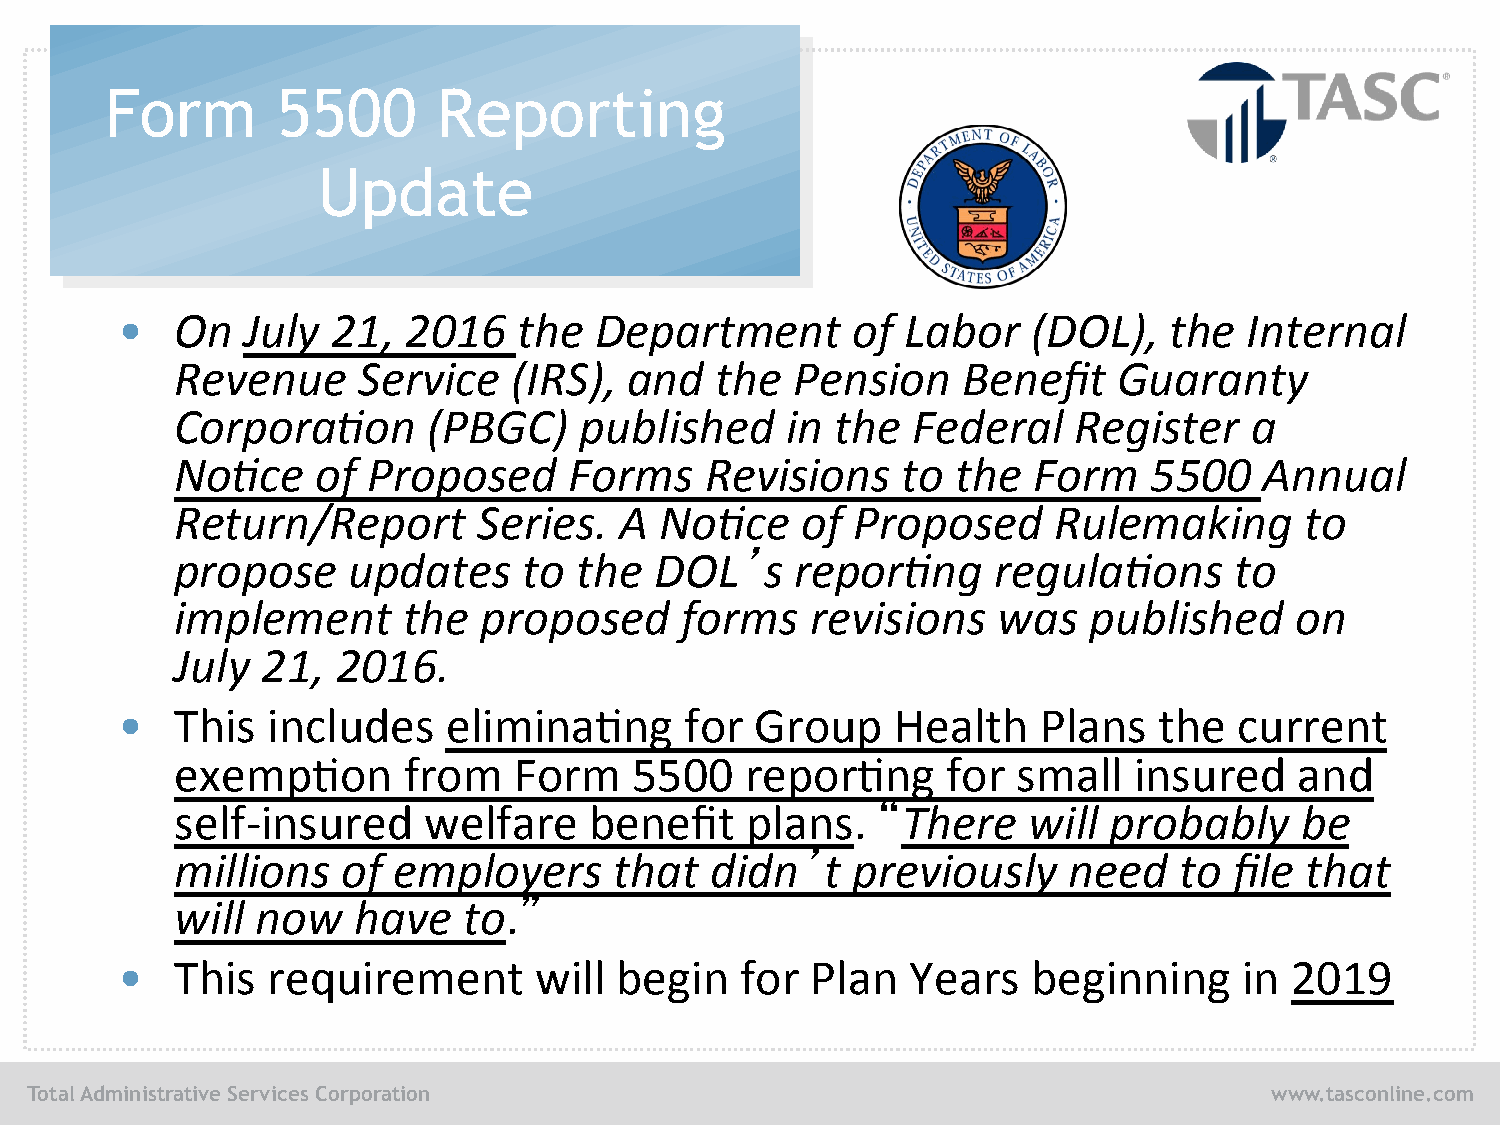
Form       5500       Reporting
 Update
 •   On  July  21,  2016   the  Department       of  Labor   (DOL),   the   Internal
 Revenue     Service   (IRS),  and  the   Pension    Benefit   Guaranty
 Corpora/on      (PBGC)    published     in the  Federal    Register    a
 No/ce    of Proposed      Forms    Revisions    to the  Form    5500    Annual
 Return/Report       Series.  A  No/ce    of  Proposed     Rulemaking      to
 ’
 propose    updates     to the  DOL     s repor/ng     regula/ons      to
 implement      the  proposed     forms    revisions   was   published     on
 July 21,  2016.
 •   This  includes    elimina/ng     for  Group    Health    Plans   the  current
 exemp/on       from   Form    5500   repor/ng      for small   insured    and
 “
 self-­‐insured  welfare    benefit   plans.     There   will probably     be
 ’
 millions   of employers      that  didn    t previously    need   to  file that
 ”
 will now   have    to.
 •   This  requirement      will  begin   for  Plan  Years   beginning     in 2019
 Total Administrative Services Corporation                                         www.tasconline.com